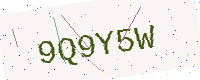
Text: 9Q9Y5W